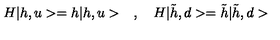
H | h , u > = h | h , u > \quad , \quad H | \tilde { h } , d > = \tilde { h } | \tilde { h } , d >